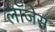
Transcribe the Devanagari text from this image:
लॉजेस